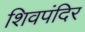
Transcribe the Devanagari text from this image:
शिवपंदिर